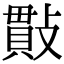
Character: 𢿒